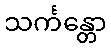
သင်္ကန္တော